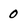
Character: 0